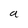
Character: a